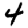
Digit: 4